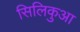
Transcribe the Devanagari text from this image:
सिलिकुआ